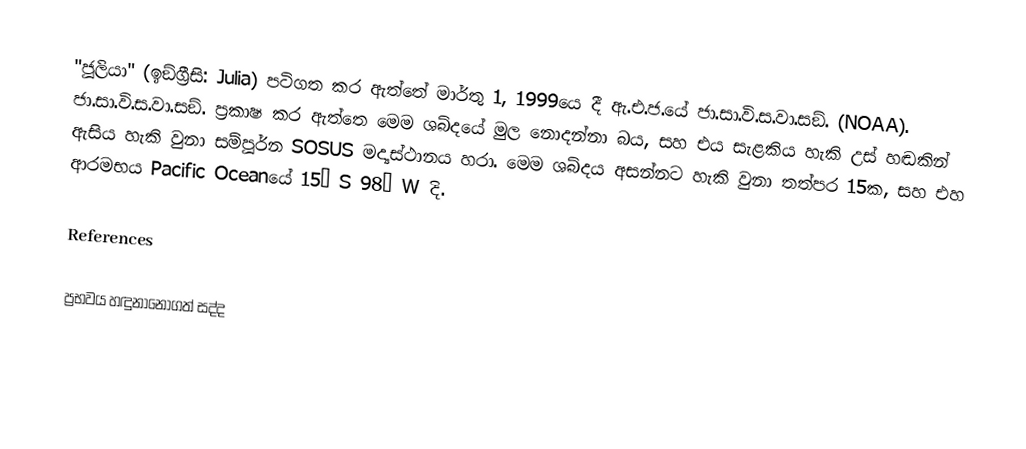
"ජූලියා" (ඉඞ්ග්‍රීසි: Julia) පටිගත කර ඇත්තේ මාර්තු 1, 1999යෙ දී ඇ.එ.ජ.යේ ජා.සා.වි.ස.වා.සඞ්. (NOAA). ජා.සා.වි.ස.වා.සඞ්. ප්‍රකාෂ කර ඇත්තෙ මෙම ශබ්දයේ මුල නොදන්නා බය, සහ එය සැළකිය හැකි උස් හඬකින් ඇසිය හැකි වුනා සම්පූර්න SOSUS මද්‍යස්ථානය හරා. මෙම ශබ්දය අසන්නට හැකි වුනා තත්පර 15ක, සහ එහ ආරමභය Pacific Oceanයේ 15° S 98° W දි.

References

ප්‍රභවය හඳුනානොගත් සද්ද